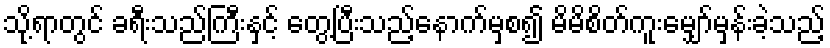
သို့ရာတွင် ခရီးသည်ကြီးနှင့် တွေ့ပြီးသည့်နောက်မှစ၍ မိမိစိတ်ကူးမျှော်မှန်းခဲ့သည့်